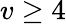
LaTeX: v\geq 4